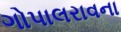
ગોપાલરાવના